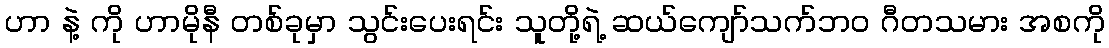
ဟာ နဲ့ ကို ဟာမိုနီ တစ်ခုမှာ သွင်းပေးရင်း သူတို့ရဲ့ ဆယ်ကျော်သက်ဘဝ ဂီတသမား အစကို